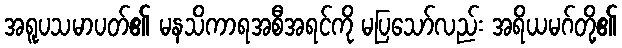
အရူပသမာပတ်၏ မနသိကာရအစီအရင်ကို မပြသော်လည်း အရိယမဂ်တို့၏